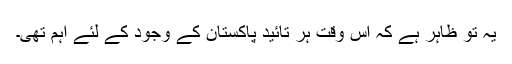
یہ تو ظاہر ہے کہ اُس وقت ہر تائید پاکستان کے وجود کے لئے اہم تھی۔